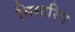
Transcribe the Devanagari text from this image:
सिमारिप